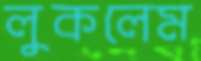
লুকলেম